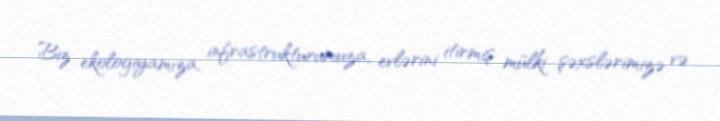
Biz ekologiyamıza, infrastrukturumuza, evlərini itirmiş mülki şəxslərimizə və